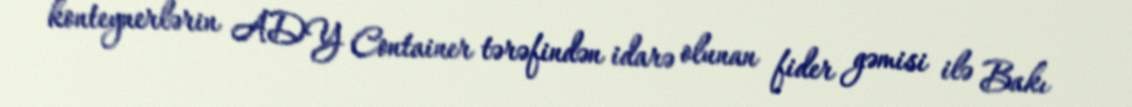
konteynerlərin ADY Container tərəfindən idarə olunan fider gəmisi ilə Bakı